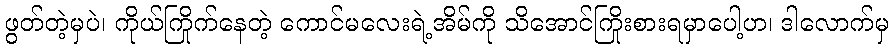
ဖွတ်တဲ့မှပဲ၊ ကိုယ်ကြိုက်နေတဲ့ ကောင်မလေးရဲ့အိမ်ကို သိအောင်ကြိုးစားရမှာပေါ့ဟ၊ ဒါလောက်မှ